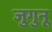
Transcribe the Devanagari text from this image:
जुगुनू